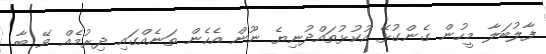
ފާލުބަލާ މީހުން ގެންގުޅޭ އުކުޅުތައްދުނިޔެ ނޫން އެހެން ތަނެއްގައި ދިރުމެއް ވޭ ބާ